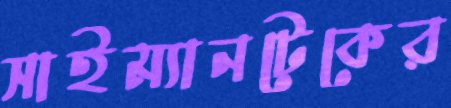
সাইম্যানটেকের